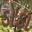
ડોડા